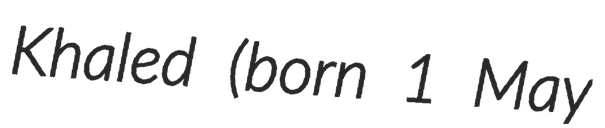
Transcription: Khaled (born 1 May